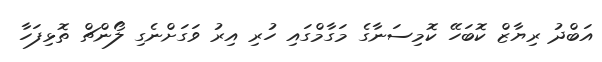
އަބްދު ރިޔާޒް ކޮބަހޭ ކޮމިސަނާގެ މަގާމްގައި ހުރި އިރު ވަގަށްނެގި ލޯންޗް ތޮޅިފަހާ